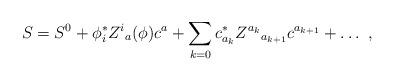
LaTeX: \begin{align*}S=S^0+\phi ^*_i Z^i{}_{a}(\phi ) c^a+\sum_{k=0}c^*_{a_k}Z^{a_k}{}_{a_{k+1}}c^{a_{k+1}}+\ldots \ ,\end{align*}